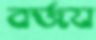
বর্জয